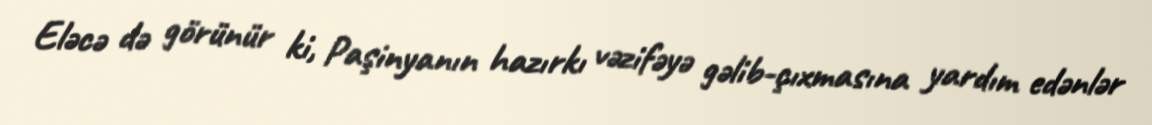
Eləcə də görünür ki, Paşinyanın hazırkı vəzifəyə gəlib-çıxmasına yardım edənlər